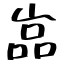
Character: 嵓